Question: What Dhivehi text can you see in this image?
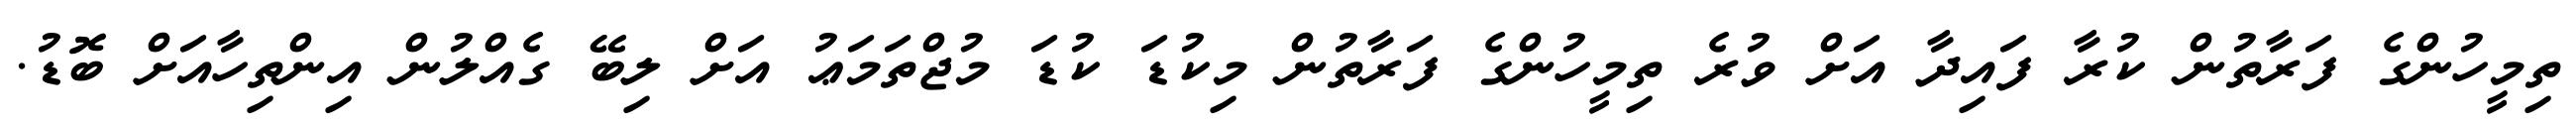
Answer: ތިމީހުންގެ ފަރާތުން ކުރާ ފައިދާ އަށް ވުރެ ތިމީހުންގެ ފަރާތުން މިކުޑަ ކުޑަ މުޖްތަމަޢު އަށް ލިބޭ ގެއްލުން އިންތިހާއަށް ބޮޑު.